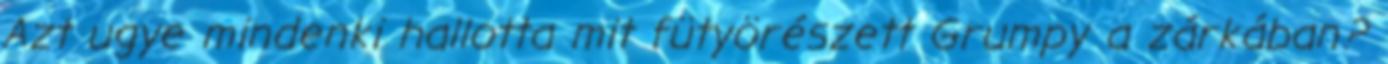
Azt ugye mindenki hallotta mit fütyörészett Grumpy a zárkában?